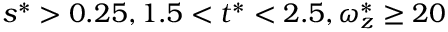
s ^ { * } > 0 . 2 5 , 1 . 5 < t ^ { * } < 2 . 5 , \omega _ { z } ^ { * } \geq 2 0